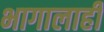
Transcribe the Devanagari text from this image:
भागालाही